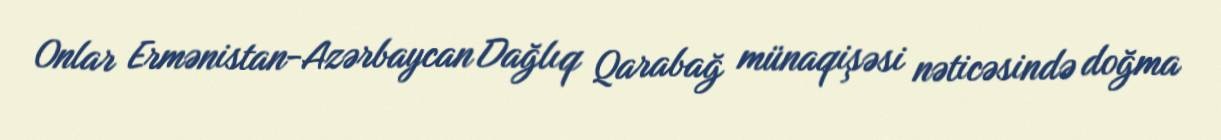
Onlar Ermənistan-Azərbaycan Dağlıq Qarabağ münaqişəsi nəticəsində doğma